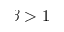
\beta > 1